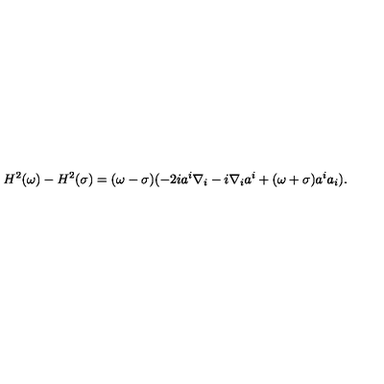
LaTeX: H ^ { 2 } ( \omega ) - H ^ { 2 } ( \sigma ) = ( \omega - \sigma ) ( - 2 i a ^ { i } \nabla _ { i } - i \nabla _ { i } a ^ { i } + ( \omega + \sigma ) a ^ { i } a _ { i } ) .